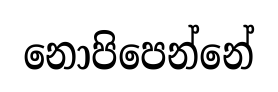
නොපිපෙන්නේ